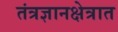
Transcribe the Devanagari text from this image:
तंत्रज्ञानक्षेत्रात